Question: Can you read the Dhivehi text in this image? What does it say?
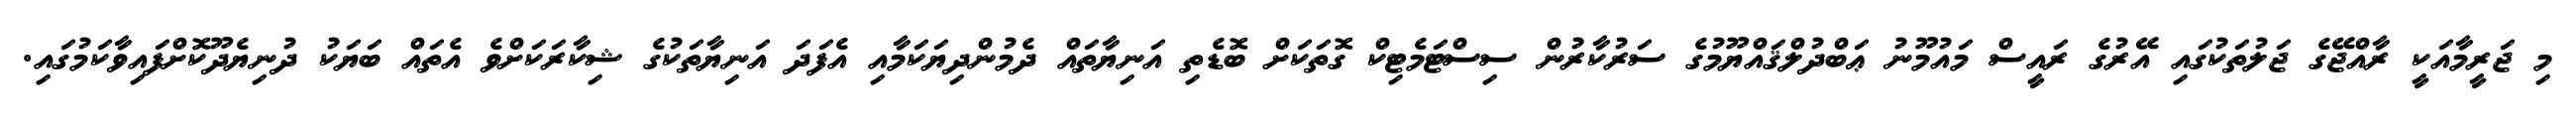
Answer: މި ޖަރީމާއަކީ ރާއްޖޭގެ ޖަލުތަކުގައި އޭރުގެ ރައީސް މައުމޫނު ޢަބްދުލްޤައްޔޫމުގެ ސަރުކާރުން ސިސްޓަމެޓިކް ގޮތަކަށް ބޮޑެތި އަނިޔާތައް ދެމުންދިޔަކަމާއި އެފަދަ އަނިޔާތަކުގެ ޝިކާރަކަށްވެ އެތައް ބަޔަކު ދުނިޔެދޫކޮށްފައިވާކަމުގައި.